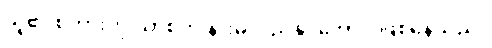
သူ၏ စကားကို ယာစုကို နားမလည်နိုင်အောင် ဖြစ်နေသည်။